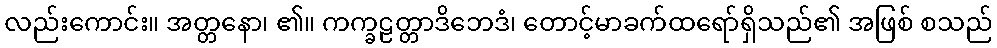
လည်းကောင်း။ အတ္တနော၊ ၏။ ကက္ခဠတ္တာဒိဘေဒံ၊ တောင့်မာခက်ထရော်ရှိသည်၏ အဖြစ် စသည်